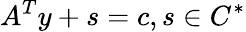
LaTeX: A^{T}y+s=c,s\in C^{*}